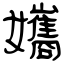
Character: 孈